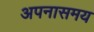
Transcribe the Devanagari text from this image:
अपनासमय